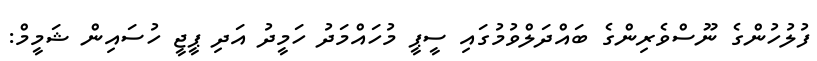
ފުލުހުންގެ ނޫސްވެރިންގެ ބައްދަލްވުމުގައި ސީޕީ މުހައްމަދު ހަމީދު އަދި ޕީޖީ ހުސައިން ޝަމީމް: